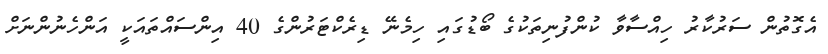
އެގޮތުން ސަރުކާރު ހިއްސާވާ ކުންފުނިތަކުގެ ބޯޑުގައި ހިމެނޭ ޑިރެކްޓަރުންގެ 40 އިންސައްތައަކީ އަންހެނުންނަށް